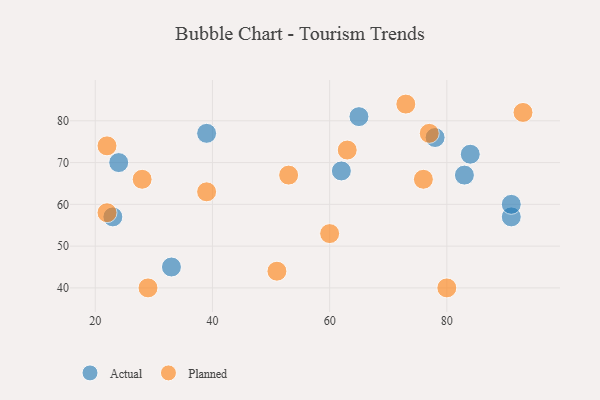
{"axis": {"x": "GDP", "y": "Life Expectancy"}, "legend": ["Actual", "Planned"], "data": [{"x": "39", "y": 77, "type": "Actual"}, {"x": "33", "y": 45, "type": "Actual"}, {"x": "62", "y": 68, "type": "Actual"}, {"x": "83", "y": 67, "type": "Actual"}, {"x": "84", "y": 72, "type": "Actual"}, {"x": "78", "y": 76, "type": "Actual"}, {"x": "23", "y": 57, "type": "Actual"}, {"x": "24", "y": 70, "type": "Actual"}, {"x": "91", "y": 57, "type": "Actual"}, {"x": "65", "y": 81, "type": "Actual"}, {"x": "91", "y": 60, "type": "Actual"}, {"x": "51", "y": 44, "type": "Planned"}, {"x": "76", "y": 66, "type": "Planned"}, {"x": "39", "y": 63, "type": "Planned"}, {"x": "22", "y": 58, "type": "Planned"}, {"x": "22", "y": 74, "type": "Planned"}, {"x": "53", "y": 67, "type": "Planned"}, {"x": "93", "y": 82, "type": "Planned"}, {"x": "77", "y": 77, "type": "Planned"}, {"x": "63", "y": 73, "type": "Planned"}, {"x": "80", "y": 40, "type": "Planned"}, {"x": "73", "y": 84, "type": "Planned"}, {"x": "60", "y": 53, "type": "Planned"}, {"x": "28", "y": 66, "type": "Planned"}, {"x": "29", "y": 40, "type": "Planned"}]}